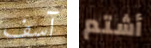
آسف أشتم